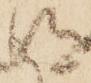
得